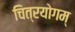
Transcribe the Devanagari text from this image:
चित्रयोगम्